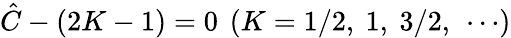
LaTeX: {\hat{C}}-(2K-1)=0\ \left(K=1/2,\ 1,\ 3/2,\ \cdots\right)